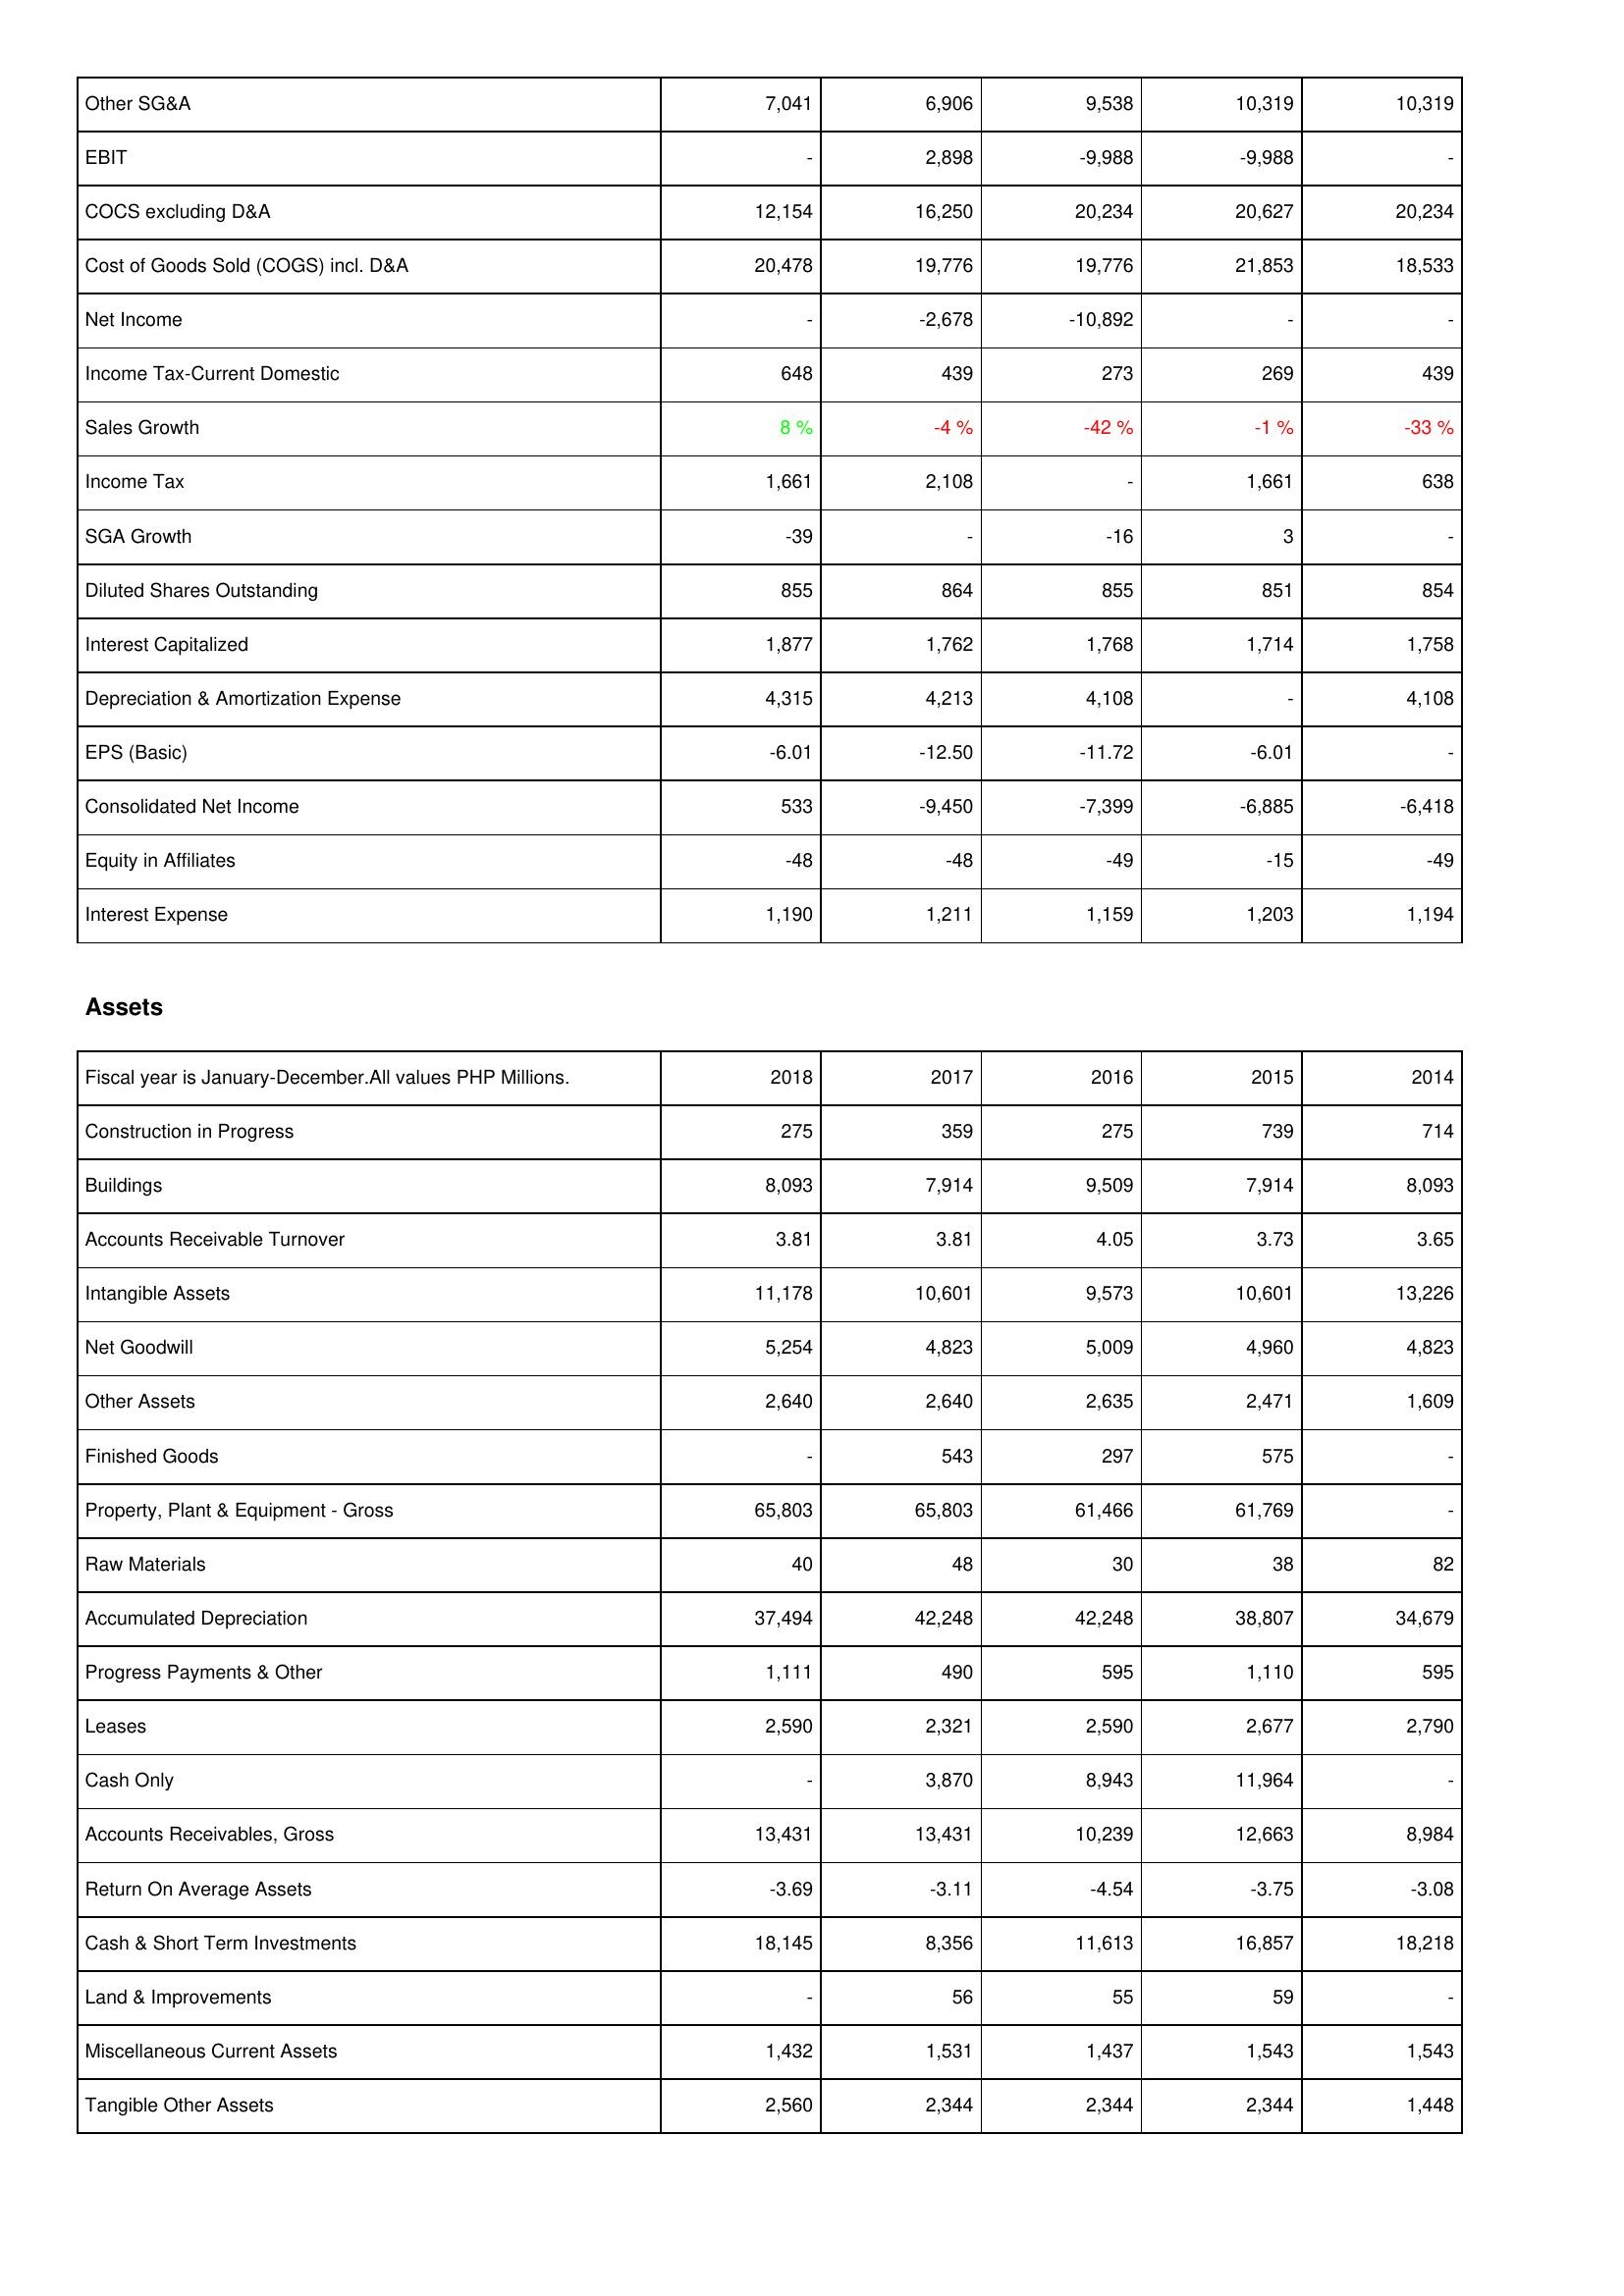
2018: Income Statement: Other SG&A: 7,041
EBIT: -
COCS excluding D&A: 12,154
Cost of Goods Sold (COGS) incl. D&A: 20,478
Net Income: -
Income Tax-Current Domestic: 648
Sales Growth: 8 %
Income Tax: 1,661
SGA Growth: -39
Diluted Shares Outstanding: 855
Interest Capitalized: 1,877
Depreciation & Amortization Expense: 4,315
EPS (Basic): -6.01
Consolidated Net Income: 533
Equity in Affiliates: -48
Interest Expense: 1,190
Assets: Construction in Progress: 275
Buildings: 8,093
Accounts Receivable Turnover: 3.81
Intangible Assets: 11,178
Net Goodwill: 5,254
Other Assets: 2,640
Finished Goods: -
Property, Plant & Equipment - Gross: 65,803
Raw Materials: 40
Accumulated Depreciation: 37,494
Progress Payments & Other: 1,111
Leases: 2,590
Cash Only: -
Accounts Receivables, Gross: 13,431
Return On Average Assets: -3.69
Cash & Short Term Investments: 18,145
Land & Improvements: -
Miscellaneous Current Assets: 1,432
Tangible Other Assets: 2,560
2017: Income Statement: Other SG&A: 6,906
EBIT: 2,898
COCS excluding D&A: 16,250
Cost of Goods Sold (COGS) incl. D&A: 19,776
Net Income: -2,678
Income Tax-Current Domestic: 439
Sales Growth: -4 %
Income Tax: 2,108
SGA Growth: -
Diluted Shares Outstanding: 864
Interest Capitalized: 1,762
Depreciation & Amortization Expense: 4,213
EPS (Basic): -12.50
Consolidated Net Income: -9,450
Equity in Affiliates: -48
Interest Expense: 1,211
Assets: Construction in Progress: 359
Buildings: 7,914
Accounts Receivable Turnover: 3.81
Intangible Assets: 10,601
Net Goodwill: 4,823
Other Assets: 2,640
Finished Goods: 543
Property, Plant & Equipment - Gross: 65,803
Raw Materials: 48
Accumulated Depreciation: 42,248
Progress Payments & Other: 490
Leases: 2,321
Cash Only: 3,870
Accounts Receivables, Gross: 13,431
Return On Average Assets: -3.11
Cash & Short Term Investments: 8,356
Land & Improvements: 56
Miscellaneous Current Assets: 1,531
Tangible Other Assets: 2,344
2016: Income Statement: Other SG&A: 9,538
EBIT: -9,988
COCS excluding D&A: 20,234
Cost of Goods Sold (COGS) incl. D&A: 19,776
Net Income: -10,892
Income Tax-Current Domestic: 273
Sales Growth: -42 %
Income Tax: -
SGA Growth: -16
Diluted Shares Outstanding: 855
Interest Capitalized: 1,768
Depreciation & Amortization Expense: 4,108
EPS (Basic): -11.72
Consolidated Net Income: -7,399
Equity in Affiliates: -49
Interest Expense: 1,159
Assets: Construction in Progress: 275
Buildings: 9,509
Accounts Receivable Turnover: 4.05
Intangible Assets: 9,573
Net Goodwill: 5,009
Other Assets: 2,635
Finished Goods: 297
Property, Plant & Equipment - Gross: 61,466
Raw Materials: 30
Accumulated Depreciation: 42,248
Progress Payments & Other: 595
Leases: 2,590
Cash Only: 8,943
Accounts Receivables, Gross: 10,239
Return On Average Assets: -4.54
Cash & Short Term Investments: 11,613
Land & Improvements: 55
Miscellaneous Current Assets: 1,437
Tangible Other Assets: 2,344
2015: Income Statement: Other SG&A: 10,319
EBIT: -9,988
COCS excluding D&A: 20,627
Cost of Goods Sold (COGS) incl. D&A: 21,853
Net Income: -
Income Tax-Current Domestic: 269
Sales Growth: -1 %
Income Tax: 1,661
SGA Growth: 3
Diluted Shares Outstanding: 851
Interest Capitalized: 1,714
Depreciation & Amortization Expense: -
EPS (Basic): -6.01
Consolidated Net Income: -6,885
Equity in Affiliates: -15
Interest Expense: 1,203
Assets: Construction in Progress: 739
Buildings: 7,914
Accounts Receivable Turnover: 3.73
Intangible Assets: 10,601
Net Goodwill: 4,960
Other Assets: 2,471
Finished Goods: 575
Property, Plant & Equipment - Gross: 61,769
Raw Materials: 38
Accumulated Depreciation: 38,807
Progress Payments & Other: 1,110
Leases: 2,677
Cash Only: 11,964
Accounts Receivables, Gross: 12,663
Return On Average Assets: -3.75
Cash & Short Term Investments: 16,857
Land & Improvements: 59
Miscellaneous Current Assets: 1,543
Tangible Other Assets: 2,344
2014: Income Statement: Other SG&A: 10,319
EBIT: -
COCS excluding D&A: 20,234
Cost of Goods Sold (COGS) incl. D&A: 18,533
Net Income: -
Income Tax-Current Domestic: 439
Sales Growth: -33 %
Income Tax: 638
SGA Growth: -
Diluted Shares Outstanding: 854
Interest Capitalized: 1,758
Depreciation & Amortization Expense: 4,108
EPS (Basic): -
Consolidated Net Income: -6,418
Equity in Affiliates: -49
Interest Expense: 1,194
Assets: Construction in Progress: 714
Buildings: 8,093
Accounts Receivable Turnover: 3.65
Intangible Assets: 13,226
Net Goodwill: 4,823
Other Assets: 1,609
Finished Goods: -
Property, Plant & Equipment - Gross: -
Raw Materials: 82
Accumulated Depreciation: 34,679
Progress Payments & Other: 595
Leases: 2,790
Cash Only: -
Accounts Receivables, Gross: 8,984
Return On Average Assets: -3.08
Cash & Short Term Investments: 18,218
Land & Improvements: -
Miscellaneous Current Assets: 1,543
Tangible Other Assets: 1,448